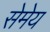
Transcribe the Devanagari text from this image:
सेमेय